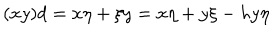
LaTeX: ( x y ) d = x \eta + \xi y = x \eta + y \xi - h y \eta